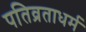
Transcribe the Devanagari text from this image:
पतिव्रताधर्म